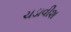
ચડાવીશ